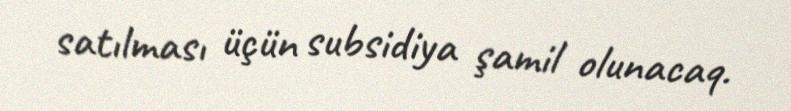
satılması üçün subsidiya şamil olunacaq.